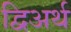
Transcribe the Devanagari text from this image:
द्विअर्थ